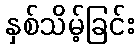
နှစ်သိမ့်ခြင်း